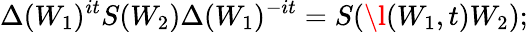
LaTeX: \Delta(W_{1})^{it}S(W_{2})\Delta(W_{1})^{-it}=S(\l(W_{1},t)W_{2});